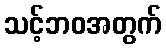
သင့်ဘဝအတွက်